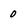
Character: 0